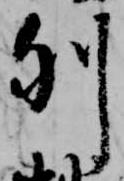
列